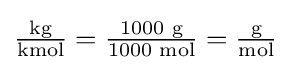
{\textstyle {\frac {\text{kg}}{\text{kmol}}}={\frac {1000{\text{ g}}}{1000{\text{ mol}}}}={\frac {\text{g}}{\text{mol}}}}